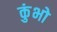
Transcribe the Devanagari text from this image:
कुंभो